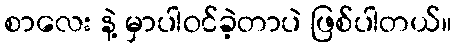
စာလေး နဲ့ မှာပါဝင်ခဲ့တာပဲ ဖြစ်ပါတယ်။